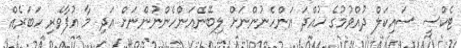
ޓެކްސީ ސައިކަލް ދުއްވުމުގެ ހުއްދަ އަންހެނުންނަށް ލިބޭނެއަންހެންނުންނަށް އަދި މާ އުފާވެރި ހަބަރެއް